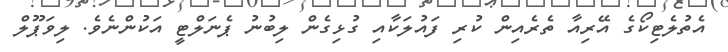
އެތުލެޓިކޯގެ އޭރިއާ ތެރެއިން ކުރި ފައުލަކާއި ގުޅިގެން ލިބުނު ޕެނަލްޓީ އަކުންނެވެ. ލިވަޕޫލް